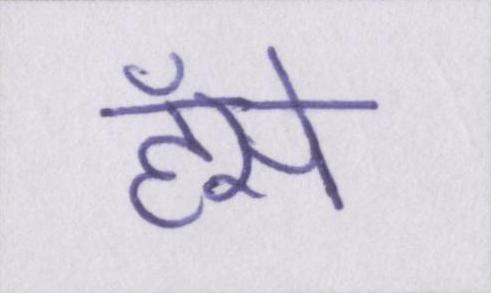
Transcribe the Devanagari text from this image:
हँसे